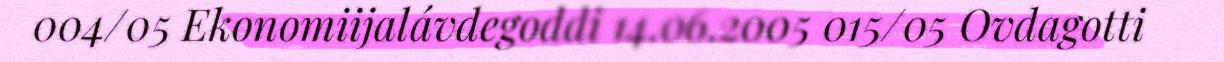
004/05 Ekonomiijalávdegoddi 14.06.2005 015/05 Ovdagotti